Civil Veterinary Dept. Assam report 1927-50 - 1927-1950
Year: 1927
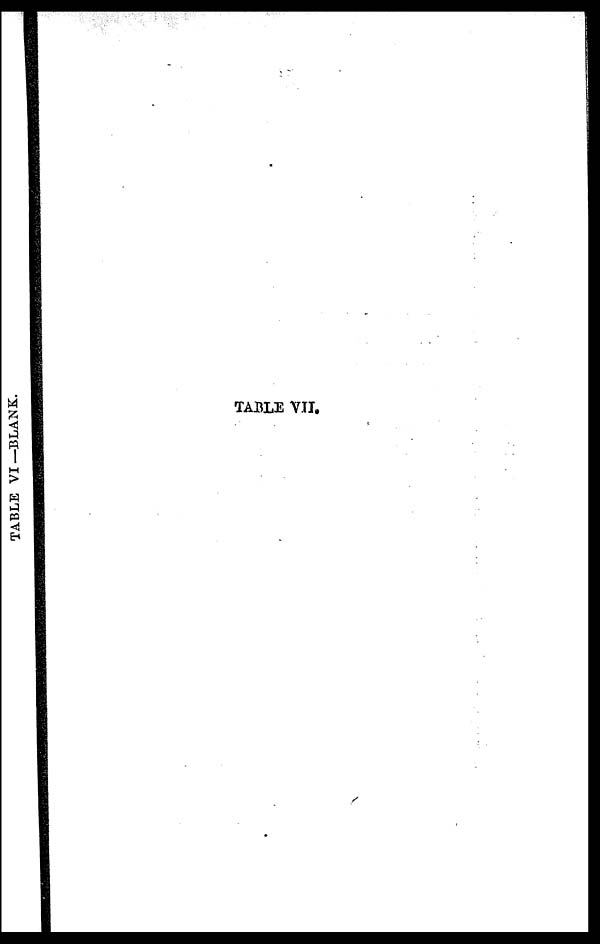
TABLE VII.